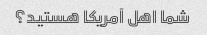
شما اهل آمریکا هستید؟